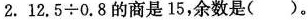
2.$$1 2 . 5 \div 0 . 8$$ 的商是15，余数是()。